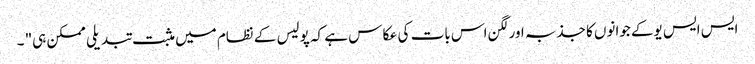
ایس ایس یوکے جوانوں کا جذبہ اور لگن اس بات کی عکا س ہے کہ پولیس کے نظام میں مثبت تبدیلی ممکن ہی" ۔